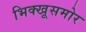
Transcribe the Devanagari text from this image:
भिक्खूसमोर